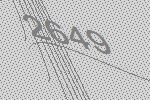
2649